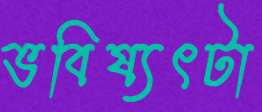
ভবিষ্যৎটা